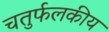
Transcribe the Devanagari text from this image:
चतुर्फलकीय